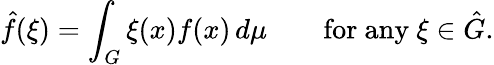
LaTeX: {\hat{f}}(\xi)=\int_{G}\xi(x)f(x)\, d\mu\qquad{\mathrm{for~any~}}\xi\in{\hat{G}}.